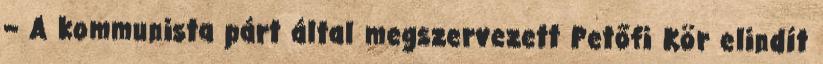
– A kommunista párt által megszervezett Petőfi Kör elindít